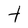
Character: t